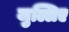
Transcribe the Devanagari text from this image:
जुल्लिए